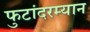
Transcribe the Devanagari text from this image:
फुटांदरम्यान